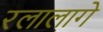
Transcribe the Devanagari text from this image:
रलालागे